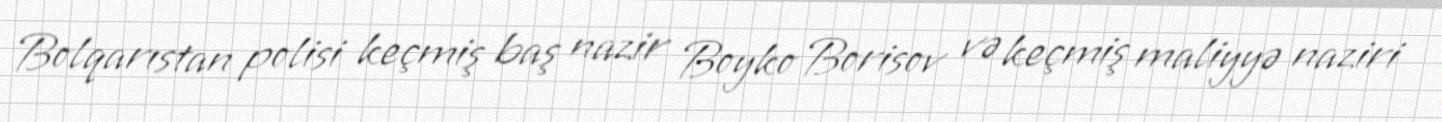
Bolqarıstan polisi keçmiş baş nazir Boyko Borisov və keçmiş maliyyə naziri